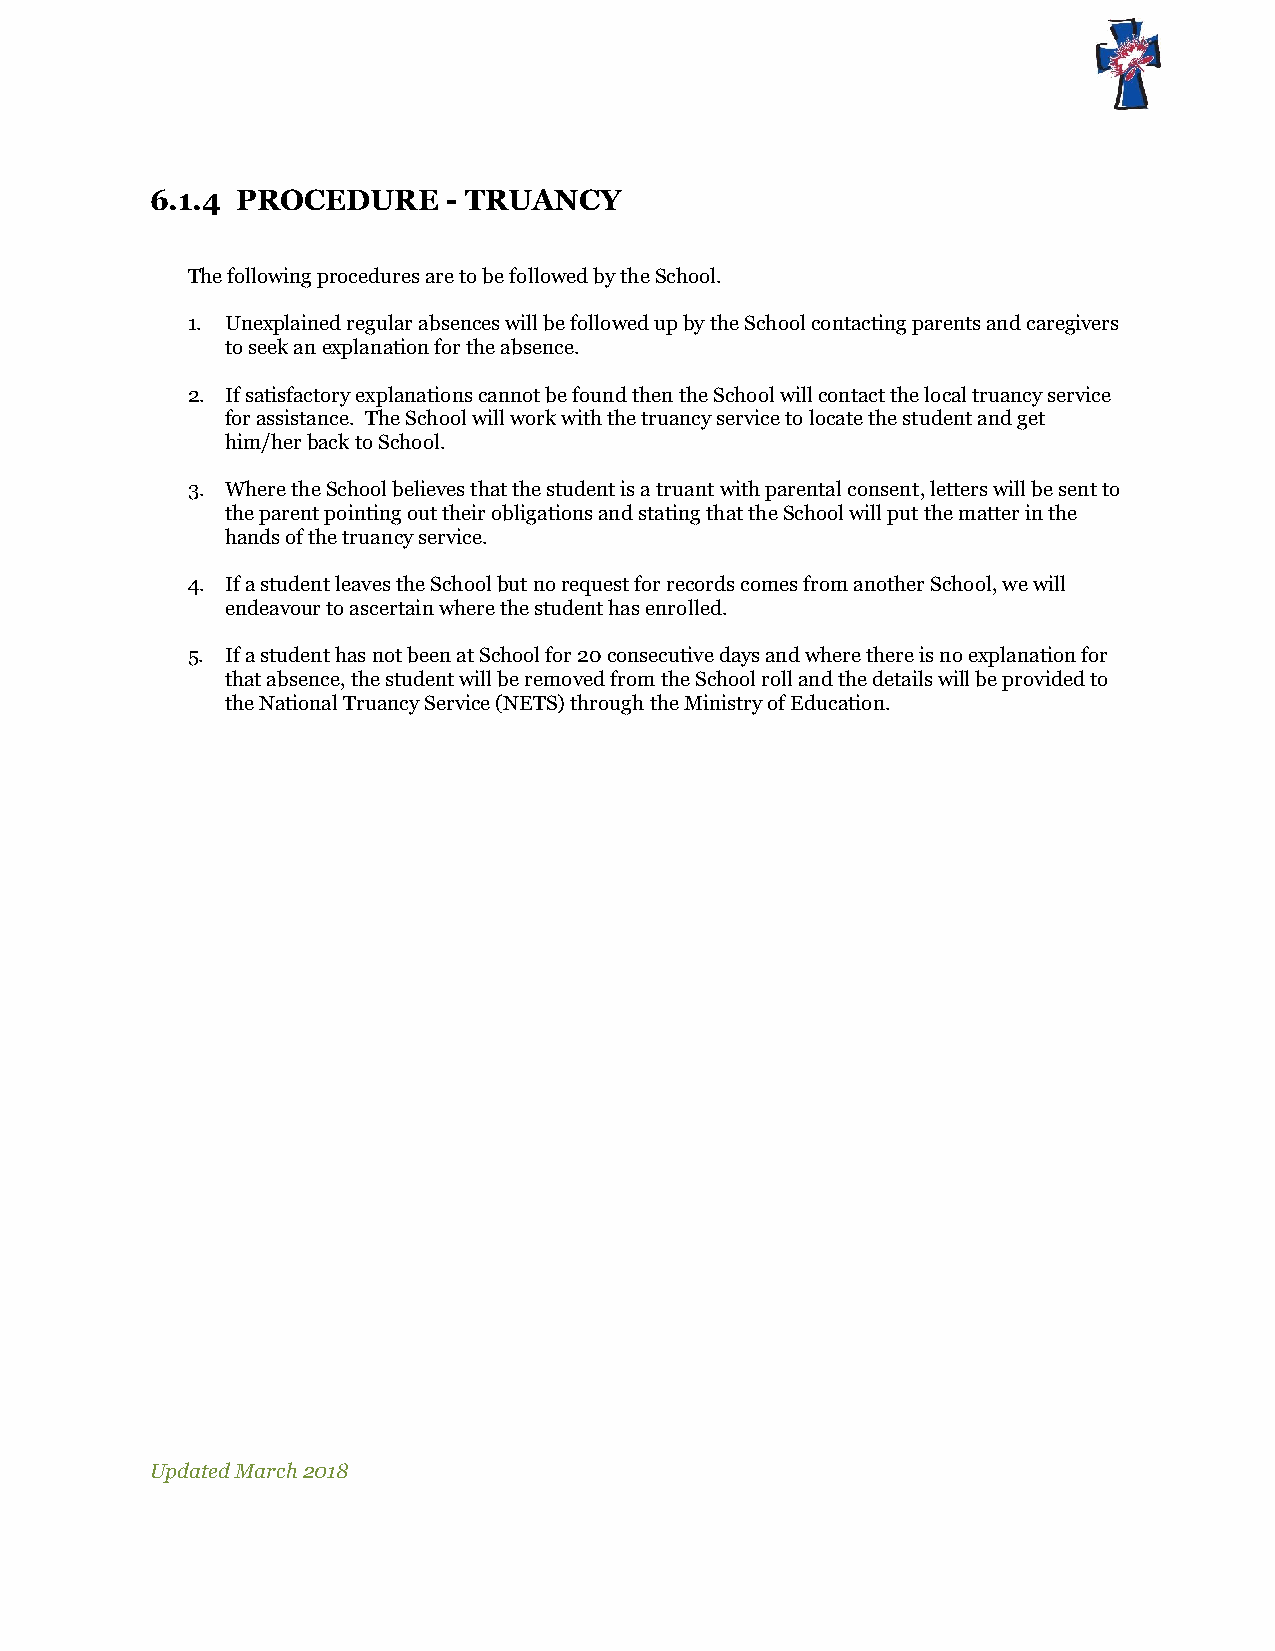
6.1.4 PROCEDURE     - TRUANCY
 The following procedures are to be followed by the School.
 1. Unexplained regular absences will be followed up by the School contacting parents and caregivers
 to seek an explanation for the absence.
 2. If satisfactory explanations cannot be found then the School will contact the local truancy service
 for assistance. The School will work with the truancy service to locate the student and get
 him/her back to School.
 3. Where the School believes that the student is a truant with parental consent, letters will be sent to
 the parent pointing out their obligations and stating that the School will put the matter in the
 hands of the truancy service.
 4. If a student leaves the School but no request for records comes from another School, we will
 endeavour to ascertain where the student has enrolled.
 5. If a student has not been at School for 20 consecutive days and where there is no explanation for
 that absence, the student will be removed from the School roll and the details will be provided to
 the National Truancy Service (NETS) through the Ministry of Education.
 Updated March 2018